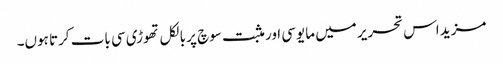
مزید اس تحریر میں مایوسی اور مثبت سوچ پر بالکل تھوڑی سی بات کرتا ہوں۔